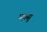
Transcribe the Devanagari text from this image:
म्हासु